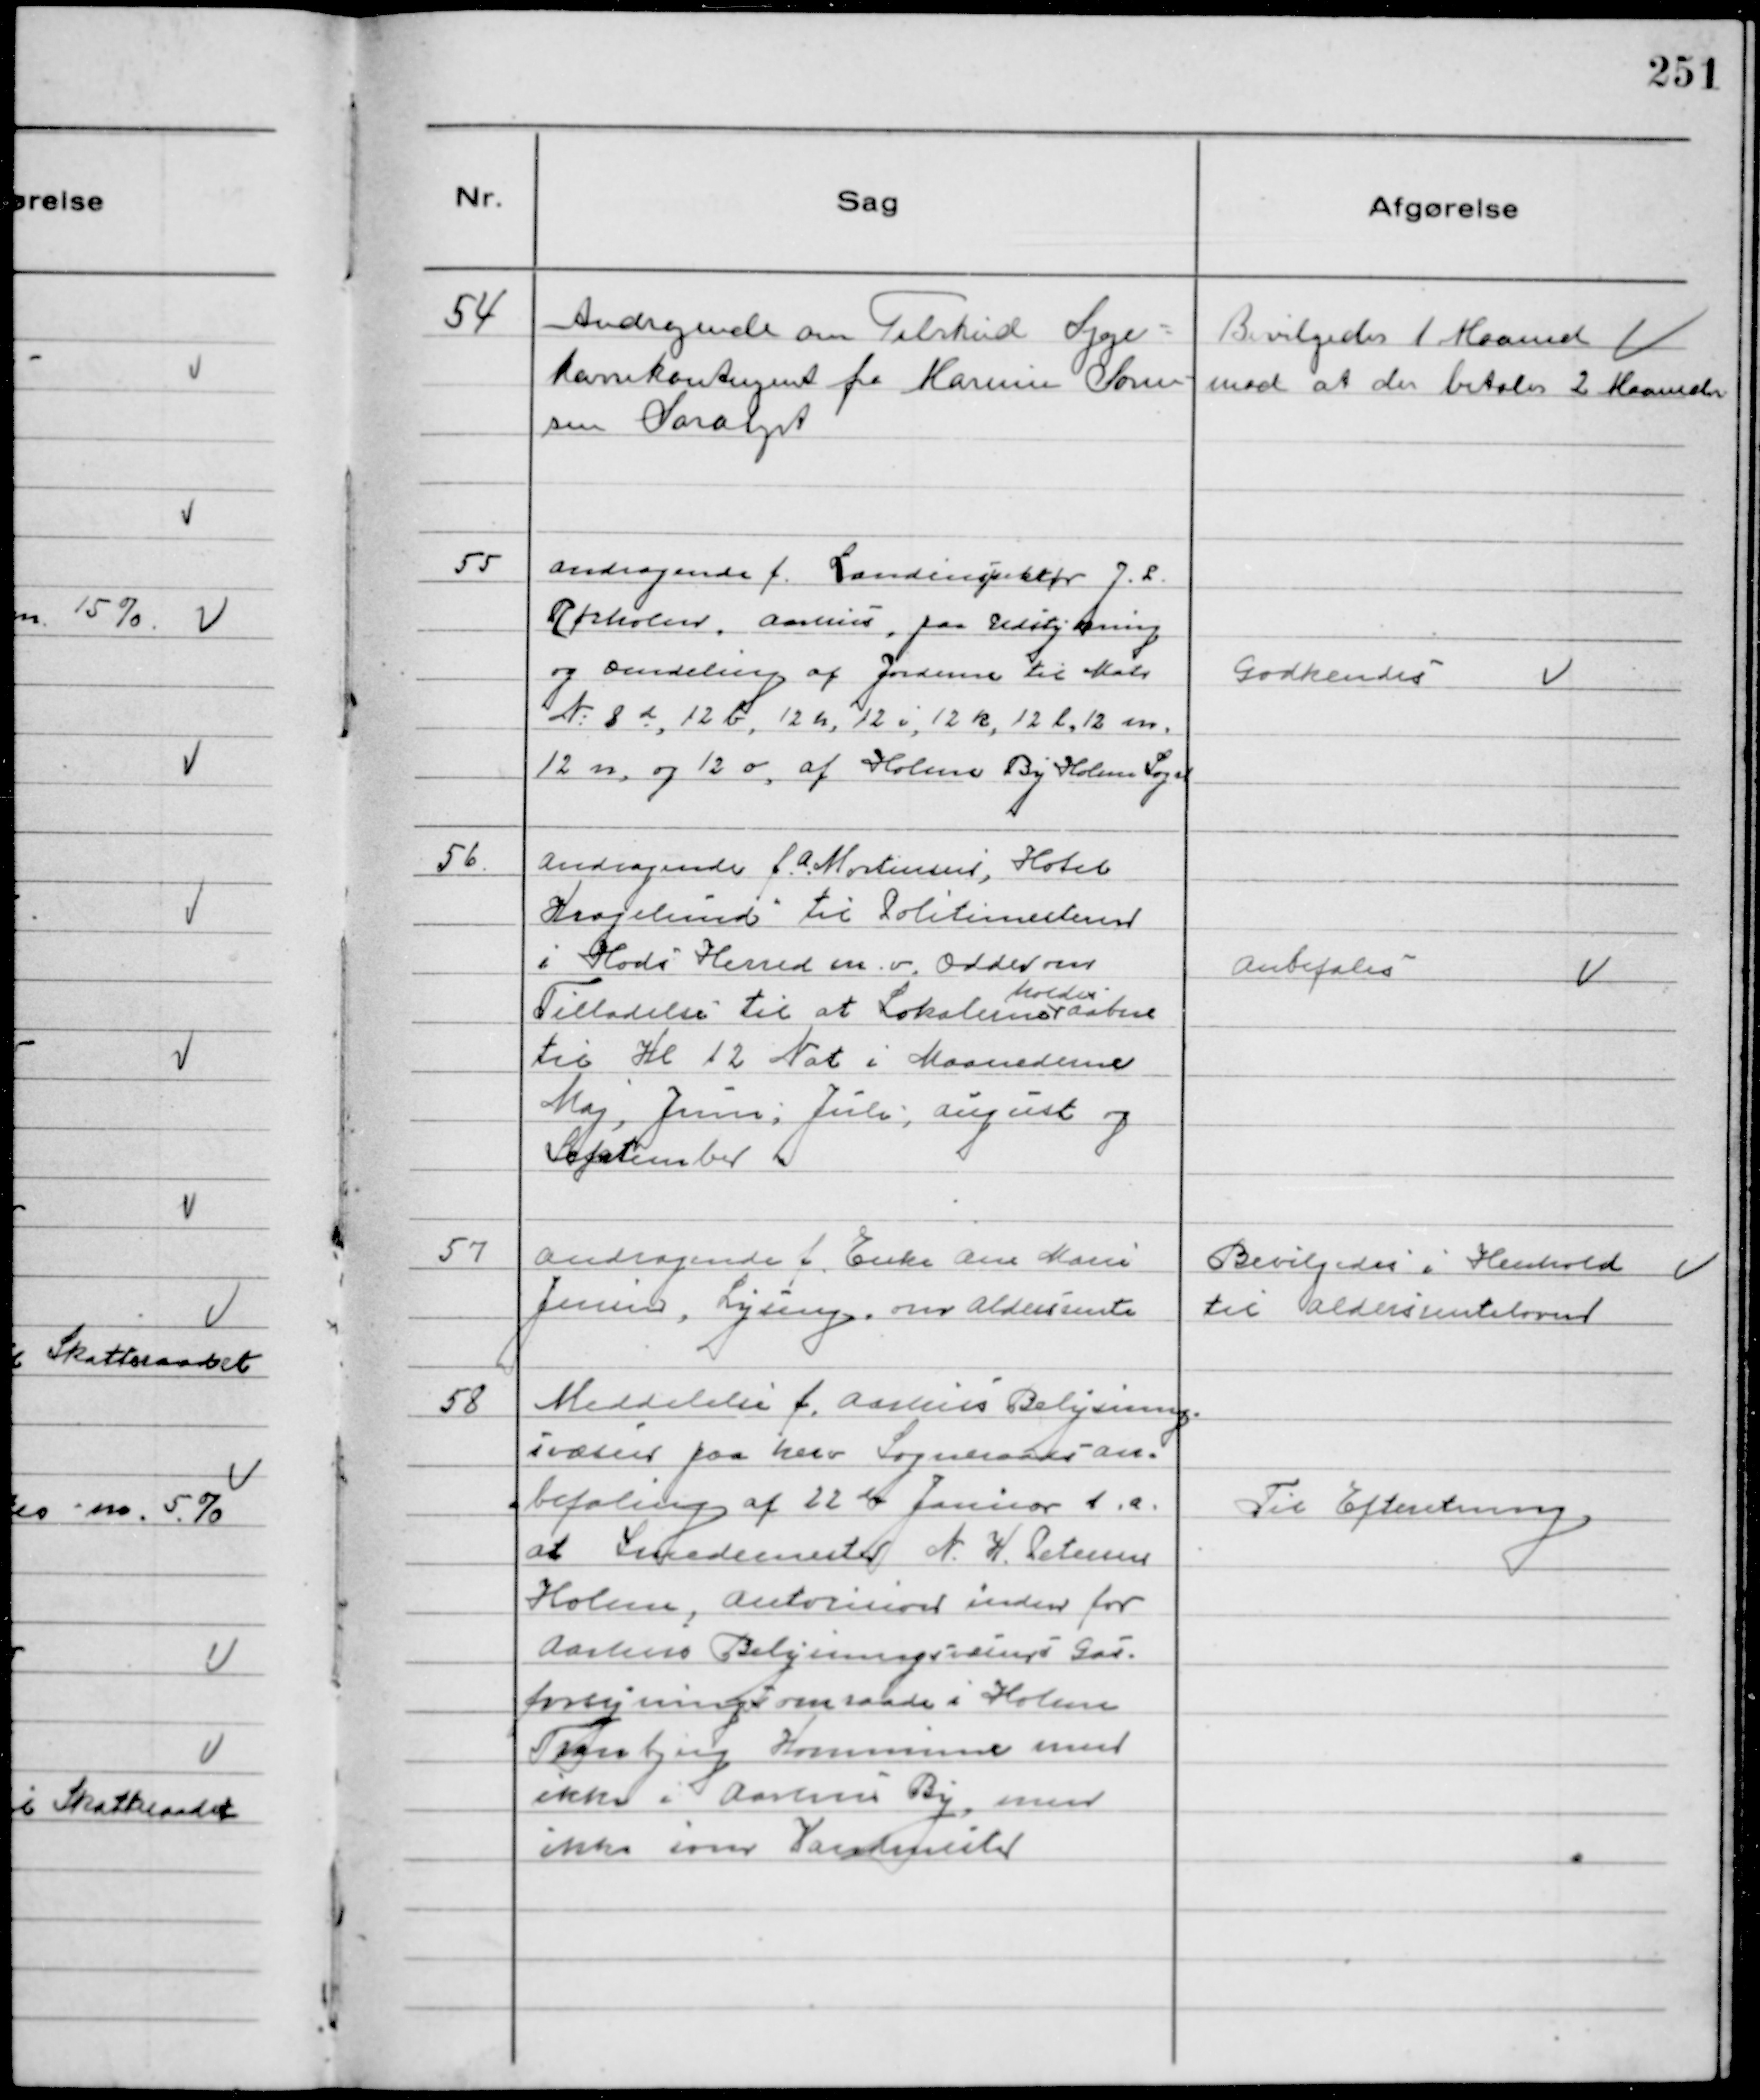
Transskription:
54
Andragende om Tilskud Syge-
kassekontingent fra Marius Søren-
sen Saralyst

Bevilgedes 1 Maaned
mod at der betales 2 Maaneder

55
Andragende f. Landinspektør J.P.
Rørholm, Aarhus, paa Udstykning
og Omdeling af Jordene til Matr
№8 d, 12 b, 12 h, 12 i, 12 k, 12 l, 12 m,
12 n, og 12 o, af Holme By Holme Sogn

Godkendes

56.
Andragende f. A Mortensen, Hotel
Kragelund til Politimesteren
Hads Herred m.v. Odder om
Tilladelse til at Lokalerne
holdes
aaben
til Kl 12 Nat i Maanederne
Maj, Juni, Juli, August og
September

Anbefales

57
Andragende f. Enke Ane Marie
Jensen, Lyseng. om Aldersrente

Bevilgedes i Henhold
til Aldersrenteloven

58
Meddelelse f. Aarhus Belysning
svæsen paa herv Sogneraads an-
befaling af 22de Januar d.a.
at Smedemester N. H. Petersen
Holme, Autorision inden for
Aarhus Belysningsvæsens Gas-
forsyningsomraade i Holme
Tranbjerg Kommune men
ikke i Aarhus By, men
ikke som Vandmester

Til Efteretning